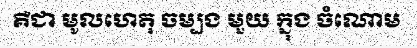
គឺជា មូលហេតុ ចម្បង មួយ ក្នុង ចំណោម